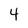
Character: 4